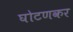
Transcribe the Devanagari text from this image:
घोटणकर